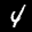
Label: 4